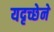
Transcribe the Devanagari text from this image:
यदृच्छेने